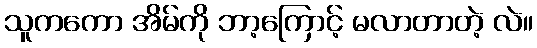
သူကကော အိမ်ကို ဘာ့ကြောင့် မလာတာတဲ့ လဲ။